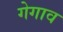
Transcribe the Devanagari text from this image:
गेगाव